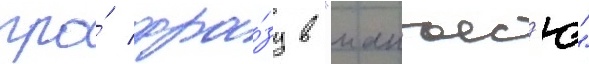
про́ фра́зу в "манъес'ю"